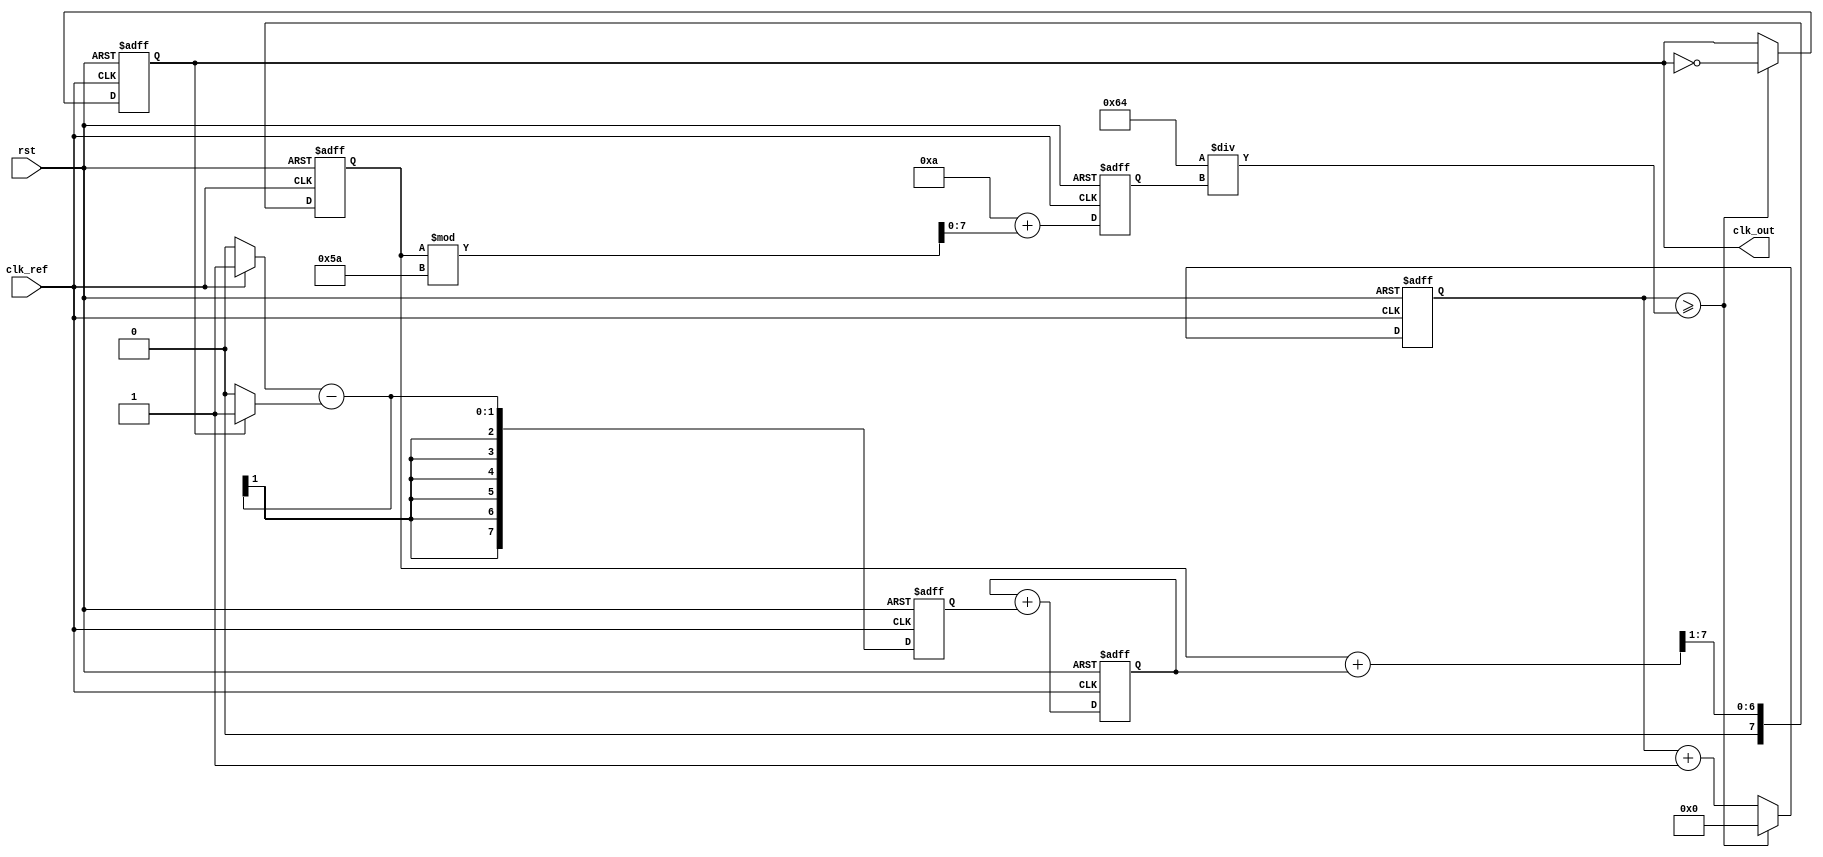
module sigma_delta_pll (
    input wire clk_ref,         // Reference clock input
    input wire rst,            // Reset signal
    output reg clk_out         // Output clock signal
);

    // Parameters
    parameter N = 8;           // Bit-width for the control signal
    parameter VCO_MAX_FREQ = 100; // Max frequency for VCO
    parameter VCO_MIN_FREQ = 10;  // Min frequency for VCO

    // Internal signals
    reg [N-1:0] phase_error;   // Phase error signal
    reg [N-1:0] control_voltage; // Control voltage from loop filter
    reg [N-1:0] sigma_delta_out; // Output of sigma-delta modulator
    reg [N-1:0] vco_freq;      // Current frequency of VCO
    reg [N-1:0] vco_counter;    // VCO counter for clock generation

    // Phase Detector (PD)
    always @(posedge clk_ref or posedge rst) begin
        if (rst) begin
            phase_error <= 0;
        end else begin
            // Simple phase error calculation (could be more complex)
            phase_error <= (clk_ref ? 1 : 0) - (clk_out ? 1 : 0);
        end
    end

    // Loop Filter (LF)
    always @(posedge clk_ref or posedge rst) begin
        if (rst) begin
            control_voltage <= 0;
        end else begin
            // Simple first-order filter (could be more complex)
            control_voltage <= control_voltage + phase_error;
        end
    end

    // Sigma-Delta Modulator
    always @(posedge clk_ref or posedge rst) begin
        if (rst) begin
            sigma_delta_out <= 0;
        end else begin
            // Simple integrator followed by quantizer
            sigma_delta_out <= (sigma_delta_out + control_voltage) >> 1; // Oversampling
        end
    end

    // Voltage-Controlled Oscillator (VCO)
    always @(posedge clk_ref or posedge rst) begin
        if (rst) begin
            vco_freq <= VCO_MIN_FREQ; // Initialize VCO frequency
            clk_out <= 0;
            vco_counter <= 0;
        end else begin
            // Adjust VCO frequency based on sigma-delta output
            vco_freq <= VCO_MIN_FREQ + sigma_delta_out % (VCO_MAX_FREQ - VCO_MIN_FREQ);
            vco_counter <= vco_counter + 1;

            // Generate output clock based on VCO frequency
            if (vco_counter >= (100 / vco_freq)) begin // Adjust this for desired frequency
                clk_out <= ~clk_out; // Toggle output clock
                vco_counter <= 0; // Reset counter
            end
        end
    end

endmodule